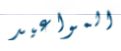
المواعيد